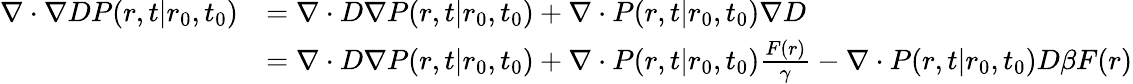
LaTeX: {\begin{array}{rl}{\nabla\cdot\nabla DP(r,t|r_{0},t_{0})}&{=\nabla\cdot D\nabla P(r,t|r_{0},t_{0})+\nabla\cdot P(r,t|r_{0},t_{0})\nabla D}\\ &{=\nabla\cdot D\nabla P(r,t|r_{0},t_{0})+\nabla\cdot P(r,t|r_{0},t_{0}){\frac{F(r)}{\gamma}}-\nabla\cdot P(r,t|r_{0},t_{0})D\beta F(r)}\end{array}}